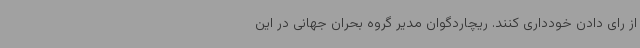
از رای دادن خودداری کنند. ریچاردگوان مدیر گروه بحران جهانی در این